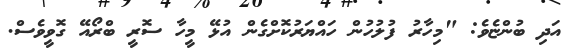
އަދި ބުންޏެވެ: "މިހާރު ފުލުހުން ހައްޔަރުކޮށްގެން އުޅޭ މީހާ ސޮރީ ބްރޯއޭ ގޮވީވެސް.